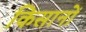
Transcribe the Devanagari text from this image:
किसानों